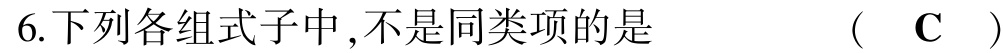
6.下列各组式子中,不是同类项的是  (  C  )